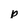
Character: p